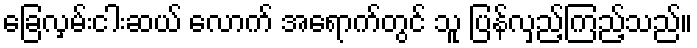
ခြေလှမ်းငါးဆယ် လောက် အရောက်တွင် သူ ပြန်လှည့်ကြည့်သည်။